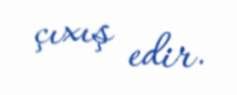
çıxış edir.